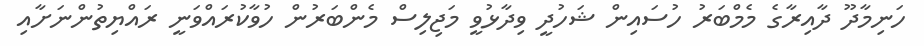
ހަނިމާދޫ ދާއިރާގެ މެމްބަރު ހުސައިން ޝަހުދީ ވިދާޅުވީ މަޖިލިސް މެންބަރުން ހުވާކުރައްވަނީ ރައްޔިތުންނަށާއި